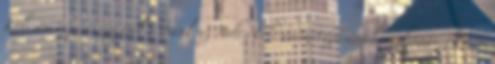
Kölcsön rész összegével a Bank az Adós kölcsöntartozásának nyilvántartására